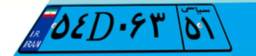
۵۴D۰۶۳۵۱